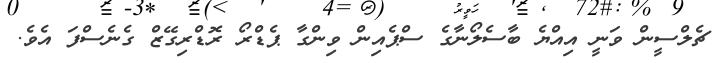
ޗެލްސީން ވަނީ އިއްޔެ ބާސެލޯނާގެ ސްޕެއިން ވިންގާ ޕެޑްރޯ ރޮޑްރިގޭޒް ގެނެސްފަ އެވެ.